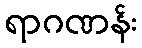
ရာဂဏန်း